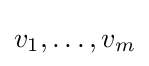
v_{1},\ldots ,v_{m}